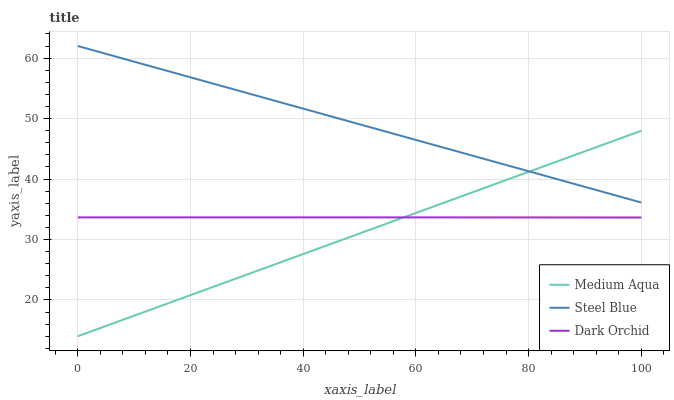
| xaxis_label | Medium Aqua | Steel Blue | Dark Orchid |
 | --- | --- | --- | --- |
 | 0 | 14 | 62 | 33.7 |
 | 9.09 | 17.1 | 59.6 | 33.7 |
 | 18.2 | 20.2 | 57.3 | 33.7 |
 | 27.3 | 23.3 | 54.9 | 33.7 |
 | 36.4 | 26.4 | 52.6 | 33.7 |
 | 45.5 | 29.4 | 50.2 | 33.7 |
 | 54.5 | 32.5 | 47.9 | 33.7 |
 | 63.6 | 35.6 | 45.5 | 33.7 |
 | 72.7 | 38.7 | 43.2 | 33.7 |
 | 81.8 | 41.8 | 40.8 | 33.6 |
 | 90.9 | 44.9 | 38.5 | 33.6 |
 | 100 | 48 | 36.1 | 33.6 |